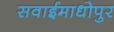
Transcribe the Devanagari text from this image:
सवाईमाधोपुर